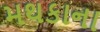
મથકાના